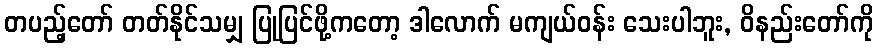
တပည့်တော် တတ်နိုင်သမျှ ပြုပြင်ဖို့ကတော့ ဒါလောက် မကျယ်ဝန်း သေးပါဘူး, ဝိနည်းတော်ကို